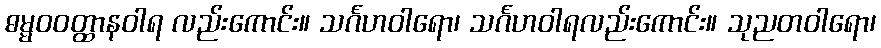
ဓမ္မဝဝတ္ထာနဝါရ လည်းကောင်း။ သင်္ဂဟဝါရော၊ သင်္ဂဟဝါရလည်းကောင်း။ သုညတဝါရော၊